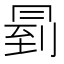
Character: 𠕥